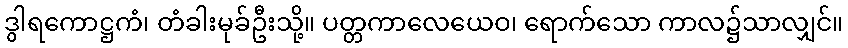
ဒွါရကောဋ္ဌကံ၊ တံခါးမုခ်ဦးသို့။ ပတ္တကာလေယေဝ၊ ရောက်သော ကာလ၌သာလျှင်။